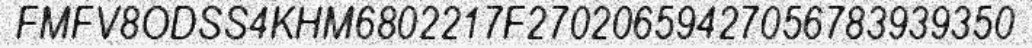
FMFV8ODSS4KHM6802217F27020659427056783939350